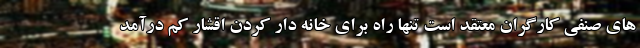
های صنفی کارگران معتقد است تنها راه برای خانه دار کردن اقشار کم درآمد